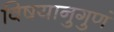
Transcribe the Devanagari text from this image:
विषयानुगुणं